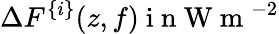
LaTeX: \Delta F^{\{ i\} }(z,f)\mathrm{~i~n~W~m~}^{-2}